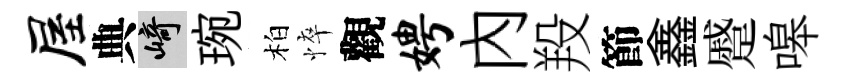
屋典崎琬柏悴觀娉內羖節鑫蹙嗥